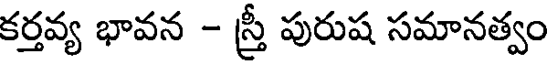
కర్తవ్య భావన - స్రీ పురుష సమానత్వం